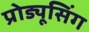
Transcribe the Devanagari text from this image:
प्रोड्यूसिंग